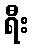
ရီး